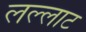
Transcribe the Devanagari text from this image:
लल्लाट